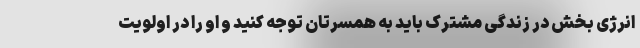
انرژی بخش در زندگی مشترک باید به همسرتان توجه کنید و او را در اولویت